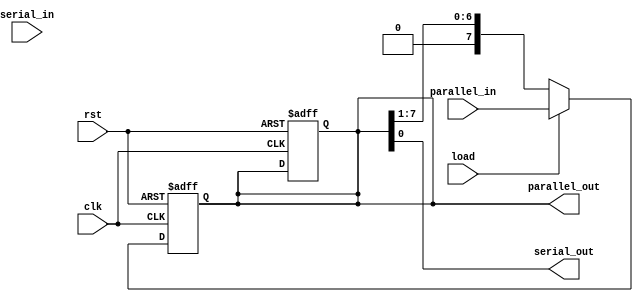
module shift_register #(
    parameter WIDTH = 8,         // Parameter for the width of the shift register
    parameter SHIFT_DIR = 0      // 0 for right shift, 1 for left shift
)(
    input wire clk,              // Clock input
    input wire rst,              // Asynchronous reset input
    input wire serial_in,        // Serial input for shifting
    input wire [WIDTH-1:0] parallel_in, // Parallel input for loading multiple bits
    input wire load,             // Load control signal for parallel input
    output reg [WIDTH-1:0] parallel_out, // Parallel output for current state
    output wire serial_out        // Serial output for shifting out
);

    // Internal register to hold the current state
    reg [WIDTH-1:0] register;

    // Shift logic
    always @(posedge clk or posedge rst) begin
        if (rst) begin
            register <= {WIDTH{1'b0}}; // Reset register to zero
            parallel_out <= {WIDTH{1'b0}};
        end else begin
            if (load) begin
                // Load parallel data into the register
                register <= parallel_in;
            end else begin
                // Shift the data in the specified direction
                if (SHIFT_DIR) begin
                    // Left shift
                    register <= {register[WIDTH-2:0], 1'b0}; // Shift left, fill with 0 (or bit from serial_in)
                end else begin
                    // Right shift
                    register <= {1'b0, register[WIDTH-1:1]}; // Shift right, fill with 0 (or bit from serial_in)
                end
            end
        end
    end

    // Assign output
    assign parallel_out = register;
    assign serial_out = (SHIFT_DIR) ? register[WIDTH-1] : register[0]; // Output the shifted bit based on direction

endmodule